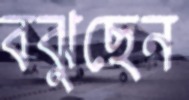
বঝুছেন